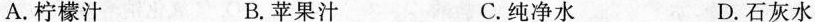
A.柠檬汁 B.苹果汁 C.纯净水 D.石灰水